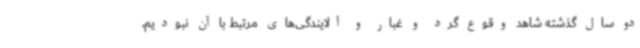
دو سال گذشته شاهد وقوع گرد و غبار و آلایندگی‌های مرتبط با آن نبودیم.